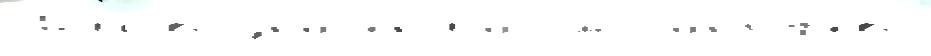
Шилово значе́н'иjа см Сандыр'ево